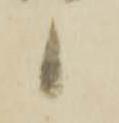
候